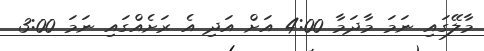
މާލޭގައި ނަމަ މާދަމާ 4:00 އަށް އަދި އެ ރަށެއްގައި ނަމަ 3:00